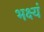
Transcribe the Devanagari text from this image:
भक्ष्यं